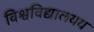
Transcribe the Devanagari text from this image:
विश्वविद्यालयय